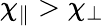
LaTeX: \chi_{\parallel}>\chi_{\perp}